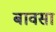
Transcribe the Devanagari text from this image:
बावसा